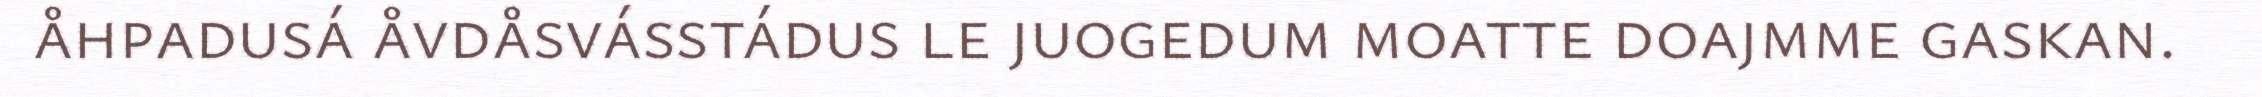
åhpadusá åvdåsvásstádus le juogedum moatte doajmme gaskan.